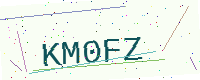
Text: KM0FZ